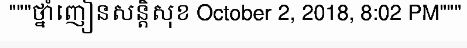
"""ថ្នាំញៀនសន្តិសុខ October 2, 2018, 8:02 PM"""